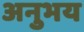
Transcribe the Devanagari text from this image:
अनुभय